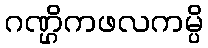
ဂဏ္ဌိကဖလကမ္ပိ